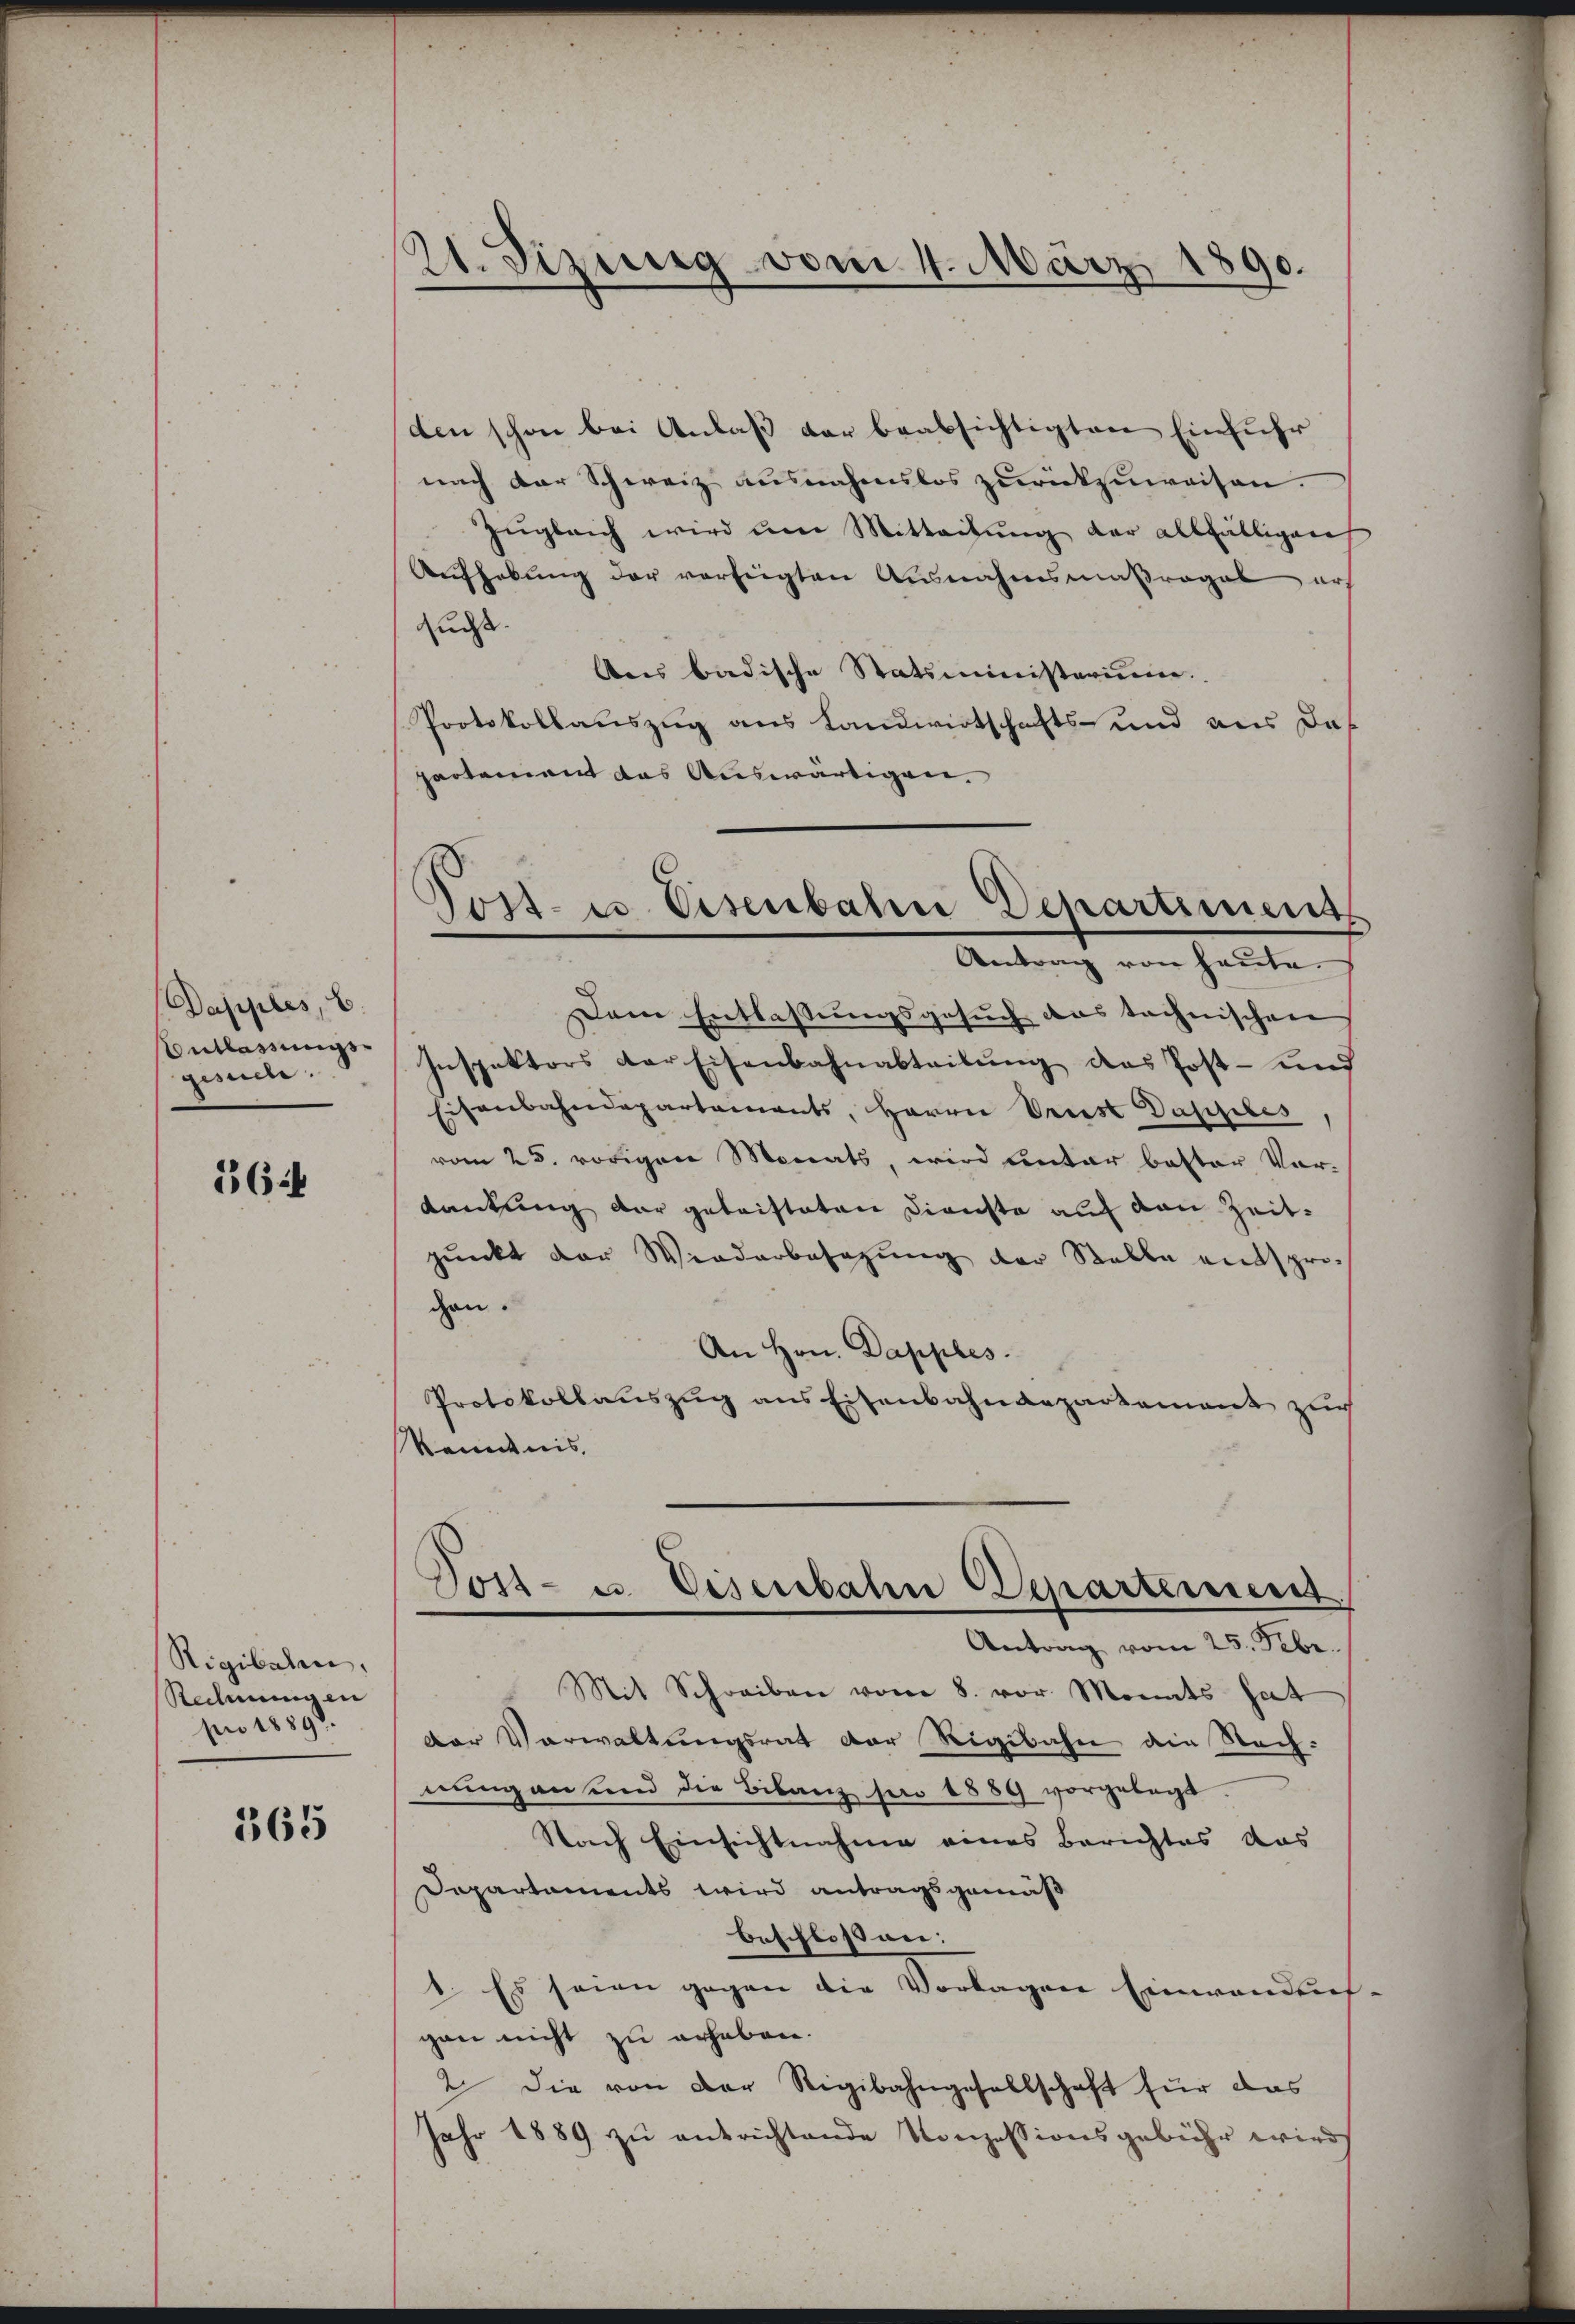
Dapples, b
Entlassungsgesuche:

66f

Rigibalen,
Rechnungen
pro 1889.

365

21. Sizung vom 4. März
90.

den schon bei Anlaß der beabsichtigten Einfuhr
nach der Schweiz ausnahmslos zurückzuweisen.
zŭgleich wird ŭm Mitteilŭng der allfälligen
Aŭfhebŭng der verfügten Ausnahmsmaβragal er-
sucht.
Ans badische Statsministerium
Protokollauszug aus Landwirtschafts- und aus das
partement das Auswärtigen.
Dem Entlaßungsgesuch das technischen
Inspektors der Eisenbahnabteilŭng des Post- und
Eisenbahndepartements, Herrn Prust Dapples,
vom 25. vorigen Monats, wird unter bester Vor-
Lantung der geleisteten Dienste auf von Zeitpunkt der Wiederbesezung der Stelle entspro-
gen.
An Hrn. Dapples.
Protokollauszug aus Eisenbahndepartement zur
Kenntnis
Tost- u. Eisenbahn Departement
Antrag vom 25. Febr.
Mit Schreiben vom 8. vor Monats hat
Der Verwaltungsrat der Rigibahn die Nachnung an und die Bilanz per 1889 vorgelegt
Nach Einsichtnahme eines Berichtes das
Departaments wird antragsgemäß
beschloss wei
1. Es seien gegen die Vorlagen Einwandes
gan nicht zu erheben.
2 die von der Rigibahngesellschaft für das
Jahr 1889 zu entrichtende Konzessionsgebühr wird

Torte Eisenbahn Departiment
Antrag von heute.